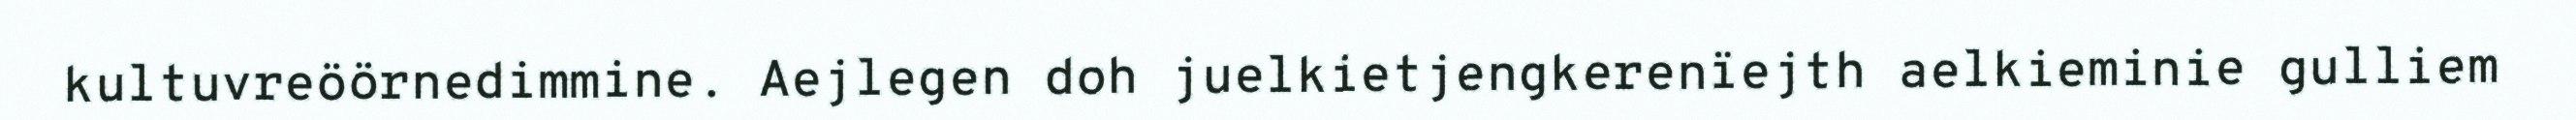
kultuvreöörnedimmine. Aejlegen doh juelkietjengkerenïejth aelkieminie gulliem